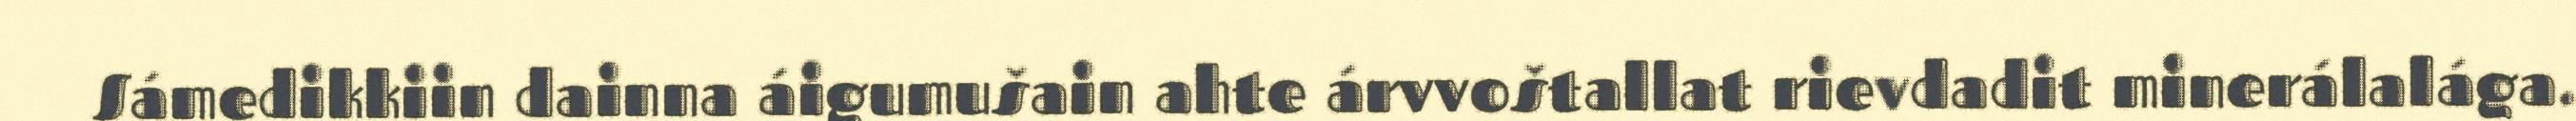
Sámedikkiin dainna áigumušain ahte árvvoštallat rievdadit minerálalága.